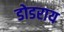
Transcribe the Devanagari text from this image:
डोडराय